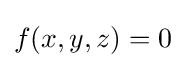
f(x,y,z)=0